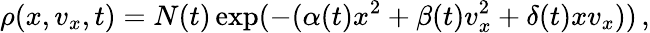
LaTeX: \rho(x,v_{x},t)=N(t)\exp(-(\alpha(t)x^{2}+\beta(t)v_{x}^{2}+\delta(t)xv_{x}))\, ,